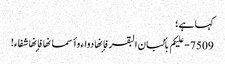
کہا ہے ؛
7509 - علیکم بألبان البقر فإنها دواء وأسمانها فإنها شفاء!